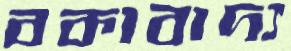
বকাবাদ্য